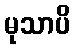
မုသာပိ